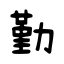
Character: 勤